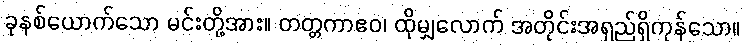
ခုနစ်ယောက်သော မင်းတို့အား။ တတ္တကာဧဝ၊ ထိုမျှလောက် အတိုင်းအရှည်ရှိကုန်သော။